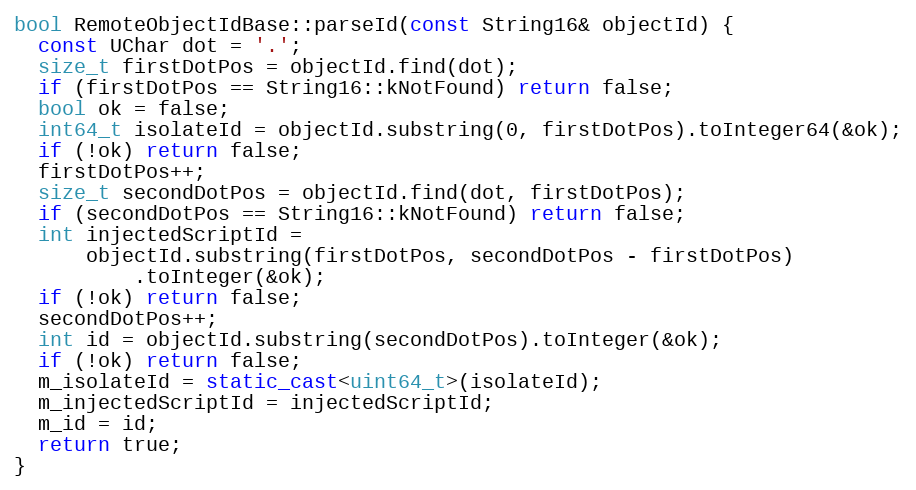
Language: C++
bool RemoteObjectIdBase::parseId(const String16& objectId) {
  const UChar dot = '.';
  size_t firstDotPos = objectId.find(dot);
  if (firstDotPos == String16::kNotFound) return false;
  bool ok = false;
  int64_t isolateId = objectId.substring(0, firstDotPos).toInteger64(&ok);
  if (!ok) return false;
  firstDotPos++;
  size_t secondDotPos = objectId.find(dot, firstDotPos);
  if (secondDotPos == String16::kNotFound) return false;
  int injectedScriptId =
      objectId.substring(firstDotPos, secondDotPos - firstDotPos)
          .toInteger(&ok);
  if (!ok) return false;
  secondDotPos++;
  int id = objectId.substring(secondDotPos).toInteger(&ok);
  if (!ok) return false;
  m_isolateId = static_cast<uint64_t>(isolateId);
  m_injectedScriptId = injectedScriptId;
  m_id = id;
  return true;
}